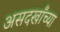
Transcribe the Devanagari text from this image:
असदखाँच्या